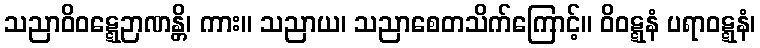
သညာဝိဝဋ္ဋေဉာဏန္တိ၊ ကား။ သညာယ၊ သညာစေတသိက်ကြောင့်။ ဝိဝဋ္ဋနံ ပရာဝဋ္ဋနံ၊